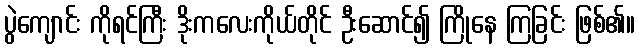
ပွဲကျောင်း ကိုရင်ကြီး ဒိုးကလေးကိုယ်တိုင် ဦးဆောင်၍ ကြိုနေ ကြခြင်း ဖြစ်၏။